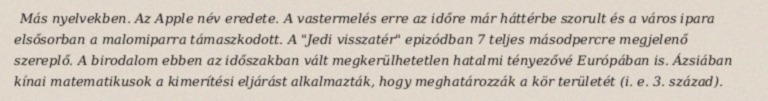
Más nyelvekben. Az Apple név eredete. A vastermelés erre az időre már háttérbe szorult és a város ipara elsősorban a malomiparra támaszkodott. A "Jedi visszatér" epizódban 7 teljes másodpercre megjelenő szereplő. A birodalom ebben az időszakban vált megkerülhetetlen hatalmi tényezővé Európában is. Ázsiában kínai matematikusok a kimerítési eljárást alkalmazták, hogy meghatározzák a kör területét (i. e. 3. század).